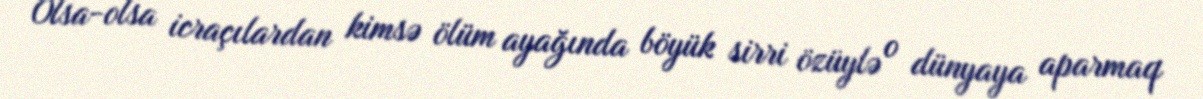
Olsa-olsa icraçılardan kimsə ölüm ayağında böyük sirri özüylə o dünyaya aparmaq